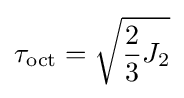
\tau _{\text{oct}}={\sqrt {{\frac {2}{3}}J_{2}}}\,\!